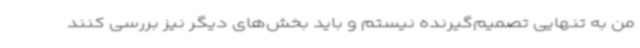
من به تنهایی تصمیم‌گیرنده نیستم و باید بخش‌های دیگر نیز بررسی کنند